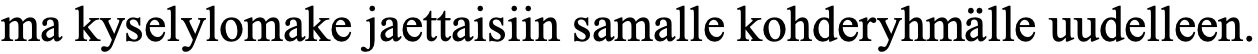
ma kyselylomake jaettaisiin samalle kohderyhmälle uudelleen.